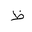
Letter: _za